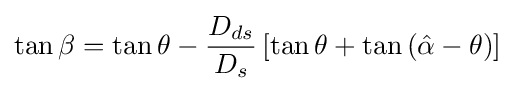
\tan \beta =\tan \theta -{\frac {D_{ds}}{D_{s}}}\left[\tan \theta +\tan \left({\hat {\alpha }}-\theta \right)\right]